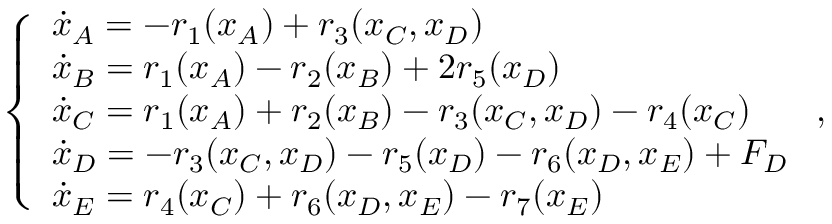
\left\{ \begin{array} { l l } { \dot { x } _ { A } = - r _ { 1 } ( x _ { A } ) + r _ { 3 } ( x _ { C } , x _ { D } ) } \\ { \dot { x } _ { B } = r _ { 1 } ( x _ { A } ) - r _ { 2 } ( x _ { B } ) + 2 r _ { 5 } ( x _ { D } ) } \\ { \dot { x } _ { C } = r _ { 1 } ( x _ { A } ) + r _ { 2 } ( x _ { B } ) - r _ { 3 } ( x _ { C } , x _ { D } ) - r _ { 4 } ( x _ { C } ) } \\ { \dot { x } _ { D } = - r _ { 3 } ( x _ { C } , x _ { D } ) - r _ { 5 } ( x _ { D } ) - r _ { 6 } ( x _ { D } , x _ { E } ) + F _ { D } } \\ { \dot { x } _ { E } = r _ { 4 } ( x _ { C } ) + r _ { 6 } ( x _ { D } , x _ { E } ) - r _ { 7 } ( x _ { E } ) } \end{array} \right. ,